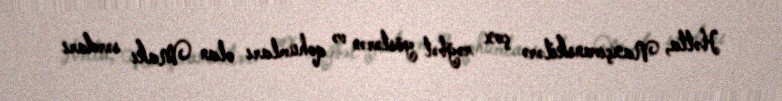
Hətta, Naxçıvanskilərə çox rəğbət göstərən və qohumları olan Makı sərdarı